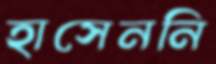
হাসেননি